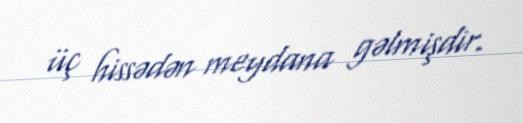
üç hissədən meydana gəlmişdir.